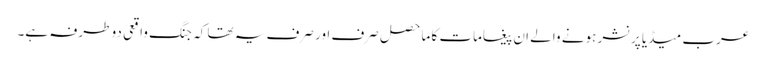
عرب میڈیا پرنشر ہونے والے ان پیغامات کا ماحصل صرف اور صرف یہ تھا کہ جنگ واقعی دو طرفہ ہے۔